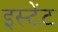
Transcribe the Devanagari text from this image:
इस्टेंट